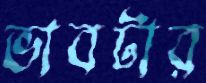
ভাবটার